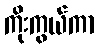
ကိုးကွယ်ကာ